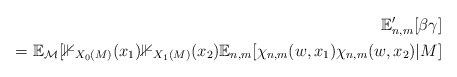
\begin{align*}\mathbb{E}_{n,m}'[\beta \gamma]\\= \mathbb{E}_{\mathcal{M}} [\mathbb{1}_{X_0(M)}(x_1) \mathbb{1}_{X_1(M)}(x_2) \mathbb{E}_{n,m}[\chi_{n,m}(w,x_1) \chi_{n,m} (w, x_2) | M ]\end{align*}